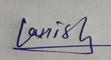
Signature authenticity: genuine